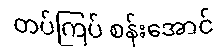
တပ်ကြပ် စန်းအောင်